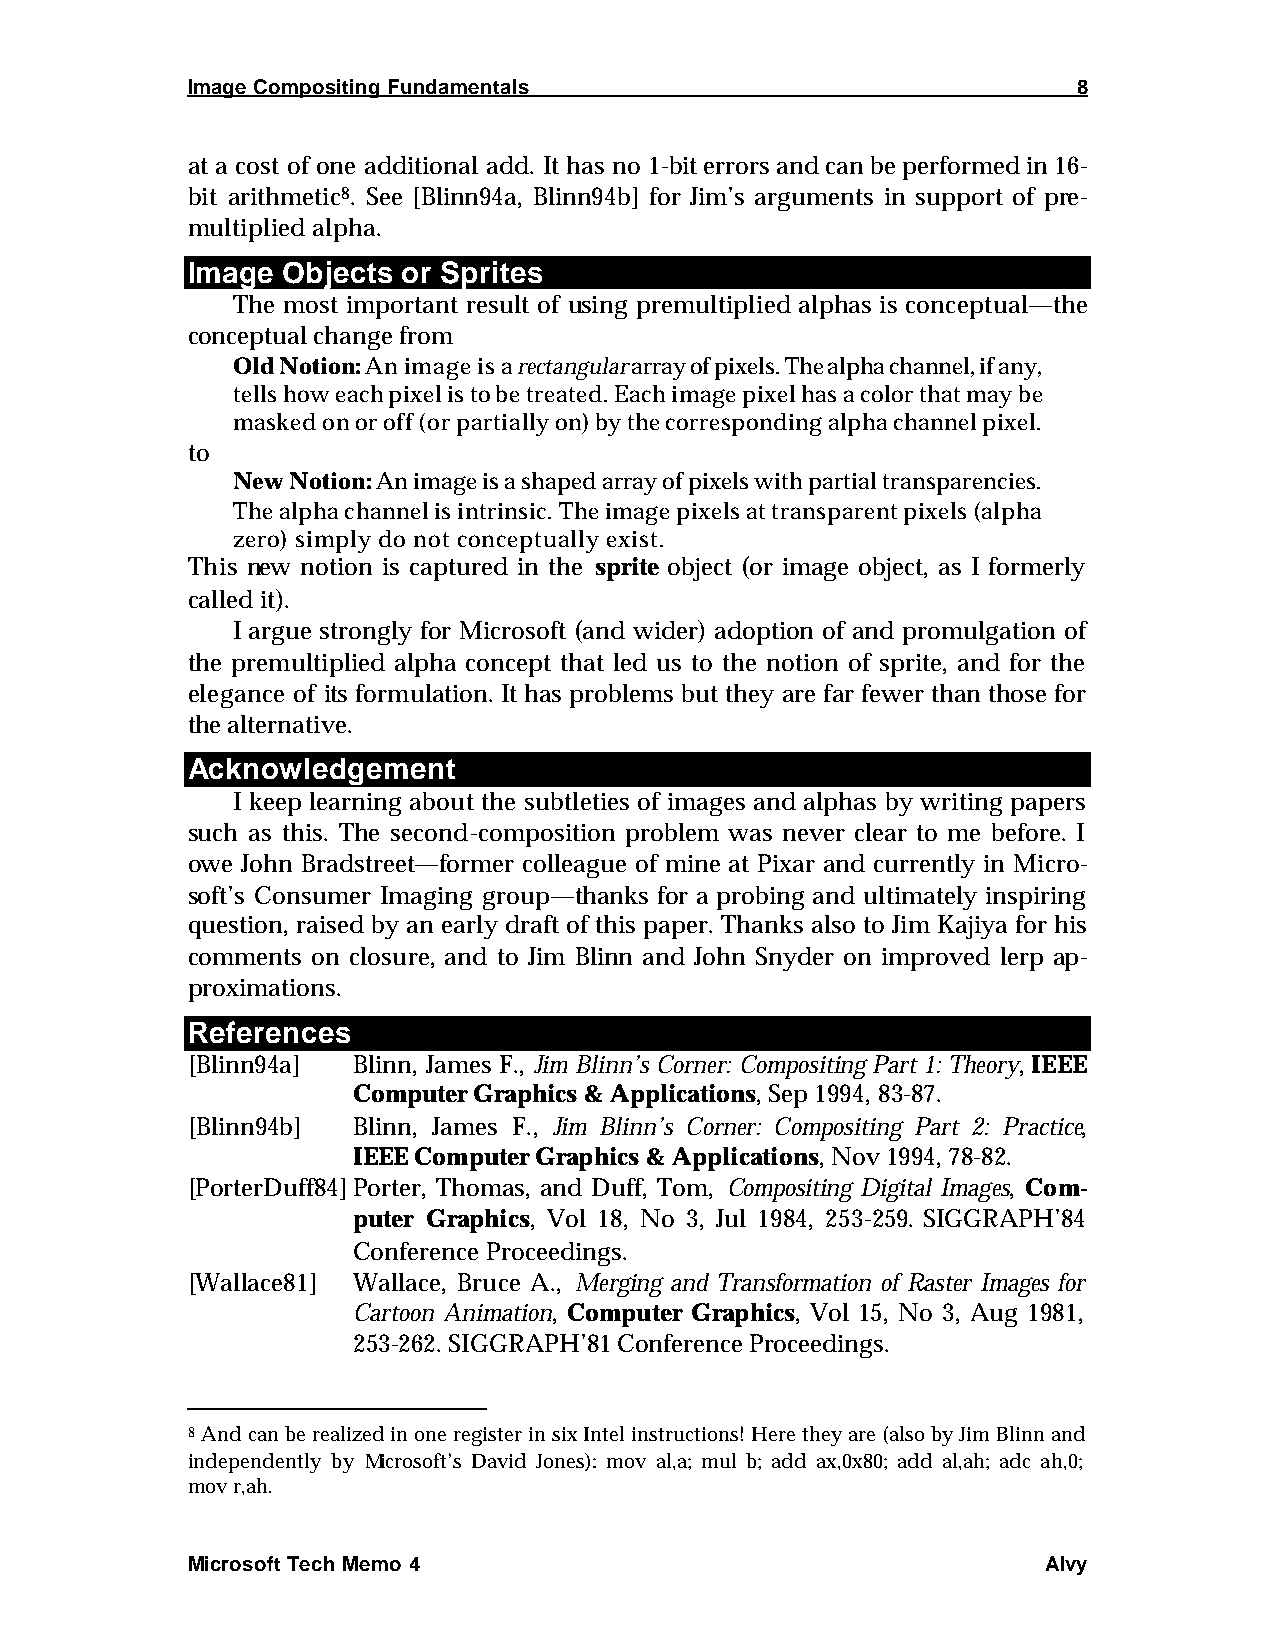
Image Compositing Fundamentals                             8
 at a cost of one additional add. It has no 1-bit errors and can be performed in 16-
 bit arithmetic8. See [Blinn94a, Blinn94b] for Jim’s arguments in support of pre-
 multiplied alpha.
 Image  Objects or Sprites
 The most important result of using premultiplied alphas is conceptual—the
 conceptual change from
 Old Notion: An image is a rectangular array of pixels. The alpha channel, if any,
 tells how each pixel is to be treated. Each image pixel has a color that may be
 masked on or off (or partially on) by the corresponding alpha channel pixel.
 to
 New Notion: An image is a shaped array of pixels with partial transparencies.
 The alpha channel is intrinsic. The image pixels at transparent pixels (alpha
 zero) simply do not conceptually exist.
 This new notion is captured in the sprite object (or image object, as I formerly
 called it).
 I argue strongly for Microsoft (and wider) adoption of and promulgation of
 the premultiplied alpha concept that led us to the notion of sprite, and for the
 elegance of its formulation. It has problems but they are far fewer than those for
 the alternative.
 Acknowledgement
 I keep learning about the subtleties of images and alphas by writing papers
 such as this. The second-composition problem was never clear to me before. I
 owe John Bradstreet—former colleague of mine at Pixar and currently in Micro-
 soft’s Consumer Imaging group—thanks for a probing and ultimately inspiring
 question, raised by an early draft of this paper. Thanks also to Jim Kajiya for his
 comments on closure, and to Jim Blinn and John Snyder on improved lerp ap-
 proximations.
 References
 [Blinn94a] Blinn, James F., Jim Blinn’s Corner: Compositing Part 1: Theory, IEEE
 Computer Graphics & Applications, Sep 1994, 83-87.
 [Blinn94b] Blinn, James F., Jim Blinn’s Corner: Compositing Part 2: Practice,
 IEEE Computer Graphics & Applications, Nov 1994, 78-82.
 [PorterDuff84] Porter, Thomas, and Duff, Tom, Compositing Digital Images, Com-
 puter Graphics, Vol 18, No 3, Jul 1984, 253-259. SIGGRAPH’84
 Conference Proceedings.
 [Wallace81] Wallace, Bruce A., Merging and Transformation of Raster Images for
 Cartoon Animation, Computer Graphics, Vol 15, No 3, Aug 1981,
 253-262. SIGGRAPH’81 Conference Proceedings.
 8 And can be realized in one register in six Intel instructions! Here they are (also by Jim Blinn and
 independently by Microsoft’s David Jones): mov al,a; mul b; add ax,0x80; add al,ah; adc ah,0;
 mov r,ah.
 Microsoft Tech Memo 4                                    Alvy